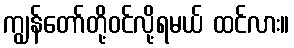
ကျွန်တော်တို့ဝင်လို့ရမယ် ထင်လား။